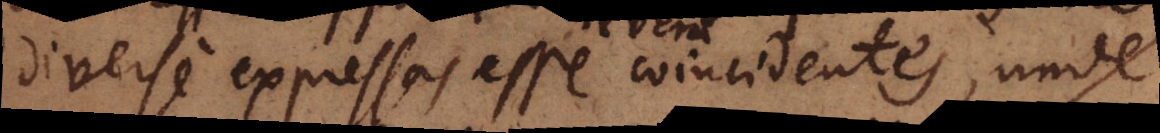
diverse expressas esse revera coincidentes, unde